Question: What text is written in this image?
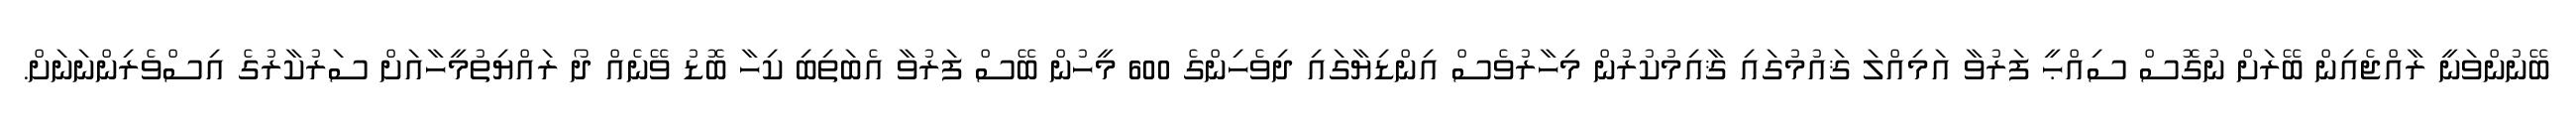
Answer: ބޭނުންވަނީ ރާއްޖެއިން ބޭރަށް ނުގޮސް ސިއްޙީ ފަރުވާ އަމިއްލަ ޤައުމުގައި ޤާއިމުކުރުން މިހާރުވެސް އިންޑިޔާގައި ދިވެހިންގެ 600 މީހުން ބޭސް ފަރުވާ އެބަތިބި ކިހާ ބޮޑު ވޭނެއް ދޯ ރައްޔިތުމީހާއަށް ސަރުކާރުގެ އިސްވެރިންނަނަށް.